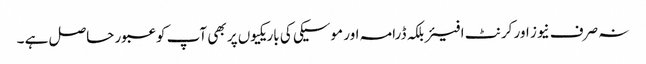
نہ صرف نیوز اور کرنٹ افیئربلکہ ڈرامہ اور موسیکی کی باریکیوں پر بھی آپ کو عبور حاصل ہے ۔